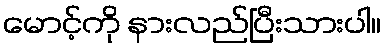
မောင့်ကို နားလည်ပြီးသားပါ။